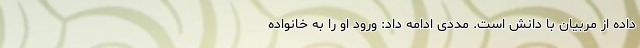
داده از مربیان با دانش است. مددی ادامه داد: ورود او را به خانواده